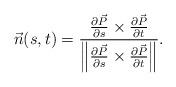
LaTeX: \begin{align*} \vec{n}(s,t)=\frac{\frac{\partial \vec{P}}{\partial s} \times \frac{\partial \vec{P}}{\partial t} }{\left\| \frac{\partial \vec{P}}{\partial s} \times \frac{\partial \vec{P}}{\partial t} \right\| } . \end{align*}